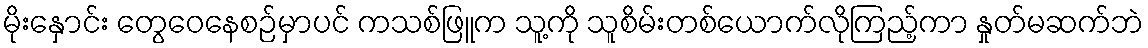
မိုးနှောင်း တွေဝေနေစဉ်မှာပင် ကသစ်ဖြူက သူ့ကို သူစိမ်းတစ်ယောက်လိုကြည့်ကာ နှုတ်မဆက်ဘဲ